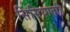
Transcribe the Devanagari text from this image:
सिसियातहि